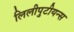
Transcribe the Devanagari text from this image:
लिलीपुटीयन्स